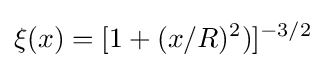
\xi (x)=[1+(x/R)^{2})]^{-3/2}\;